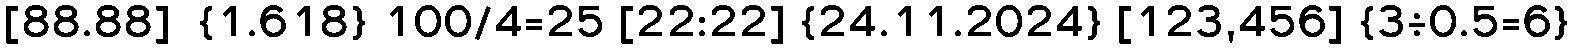
[88.88]  {1.618} 100/4=25 [22:22] {24.11.2024} [123,456] {3÷0.5=6}